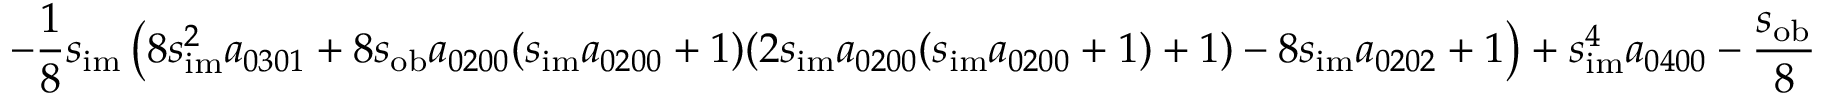
- \frac { 1 } { 8 } s _ { \mathrm { i m } } \left( 8 s _ { \mathrm { i m } } ^ { 2 } a _ { 0 3 0 1 } + 8 s _ { \mathrm { o b } } a _ { 0 2 0 0 } ( s _ { \mathrm { i m } } a _ { 0 2 0 0 } + 1 ) ( 2 s _ { \mathrm { i m } } a _ { 0 2 0 0 } ( s _ { \mathrm { i m } } a _ { 0 2 0 0 } + 1 ) + 1 ) - 8 s _ { \mathrm { i m } } a _ { 0 2 0 2 } + 1 \right) + s _ { \mathrm { i m } } ^ { 4 } a _ { 0 4 0 0 } - \frac { s _ { \mathrm { o b } } } { 8 }